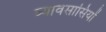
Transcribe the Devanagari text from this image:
व्यावसासियों